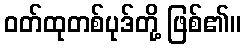
ဝတ်ထုတစ်ပုဒ်တို့ ဖြစ်၏။